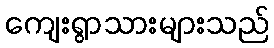
ကျေးရွာသားများသည်